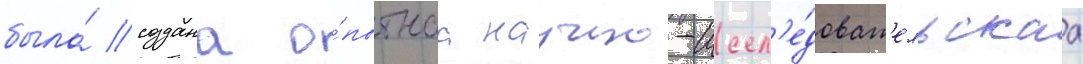
была́ создана о́пытнаа научно-иссл'е́доват'ельскаа